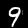
Label: 9